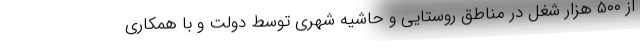
از ۵۰۰ هزار شغل در مناطق روستایی و حاشیه شهری توسط دولت و با همکاری